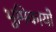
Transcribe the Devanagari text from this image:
भूमिकायों